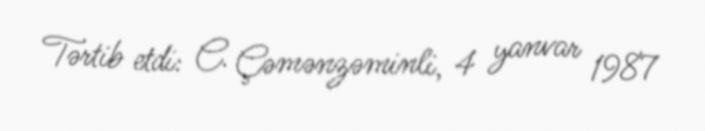
Tərtib etdi: C. Çəmənzəminli, 4 yanvar 1987